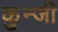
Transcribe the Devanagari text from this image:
कुन्जी